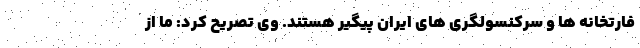
فارتخانه ها و سرکنسولگری های ایران پیگیر هستند. وی تصریح کرد: ما از